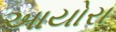
આયોરા